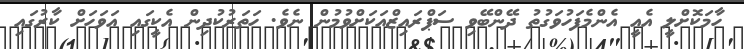
ހާމަކޮށްލީ އެއީ އެންމެފަހުވަގުތު ދޭންބޭވި ސަޕްރައިޒްއަކަށްވުމުން ނެވެ. ހަތަރުކުދިން އެކީގައި އަވަހަށް ކާރުގައި